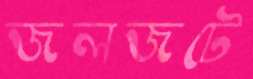
জলজটে